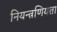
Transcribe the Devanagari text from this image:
नियन्त्रणियता